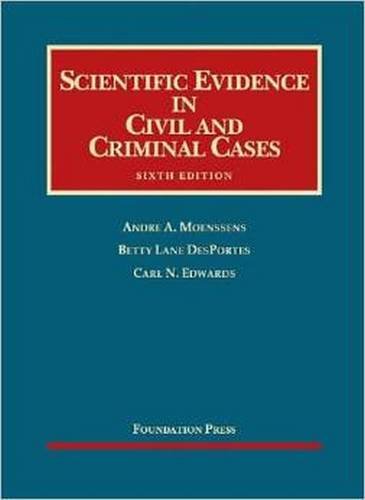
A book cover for Scientific Evidence in Civil and Criminal Cases (University Casebook Series); Andre Moenssens; Law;